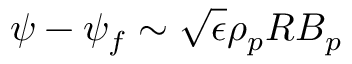
\psi - \psi _ { f } \sim \sqrt { \epsilon } \rho _ { p } R B _ { p }